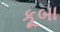
કૂબા